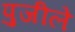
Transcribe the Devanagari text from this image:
पुजीले